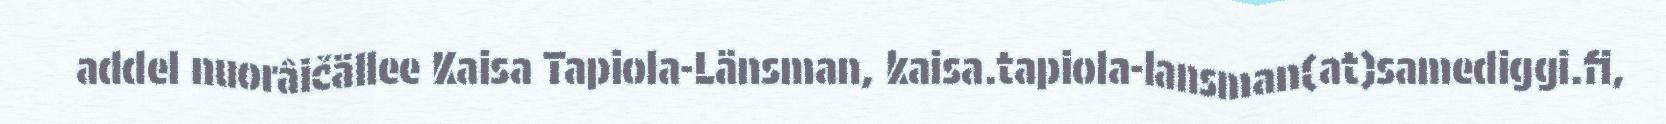
addel nuorâičällee Kaisa Tapiola-Länsman, kaisa.tapiola-lansman(at)samediggi.fi,